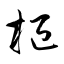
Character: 枢